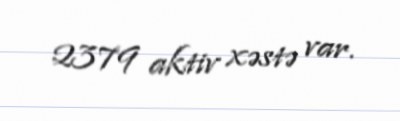
2379 aktiv xəstə var.